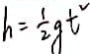
h = \frac { 1 } { 2 } g t ^ { 2 }